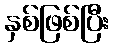
နှစ်ဖြစ်ပြီး